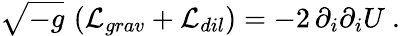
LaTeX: \sqrt{-g}\, \left({\cal L}_{grav}+{\cal L}_{dil}\right)=-2\, \partial_{i}\partial_{i}U\ .